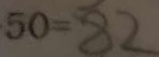
5 0 = 8 2